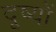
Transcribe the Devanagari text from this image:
दूष्यों